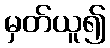
မှတ်ယူ၍